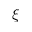
\xi